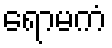
ရောမကံ